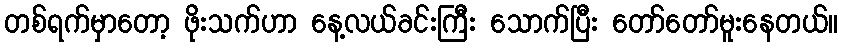
တစ်ရက်မှာတော့ ဖိုးသက်ဟာ နေ့လယ်ခင်းကြီး သောက်ပြီး တော်တော်မူးနေတယ်။